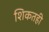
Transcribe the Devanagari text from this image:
शिकतही